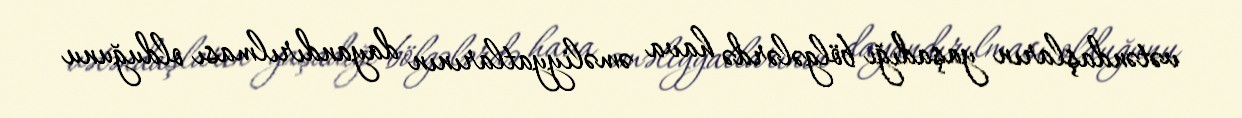
vətəndaşların yaşadığı bölgələrdə hava əməliyyatlarının dayandırılması olduğunu